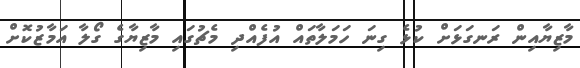
މާޒިޔާއިން ރަނގަޅަށް ކުޅެ ގިނަ ހަމަލާތައް އުފެއްދި މެޗުގައި މާޒިޔާގެ ގޯލާ އަމާޒުކޮށް